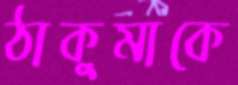
ঠাকুমাকে